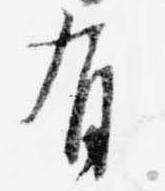
有